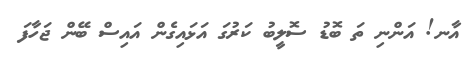
އާނ! އަންނި ތަ ބޮޑު ސޮލީބު ކަރުގަ އަޅައިގެން އައިސް ބޭން ޖަހާފަ